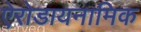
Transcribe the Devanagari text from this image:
ऐरोडायनामिक